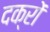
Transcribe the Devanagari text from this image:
दक्रों